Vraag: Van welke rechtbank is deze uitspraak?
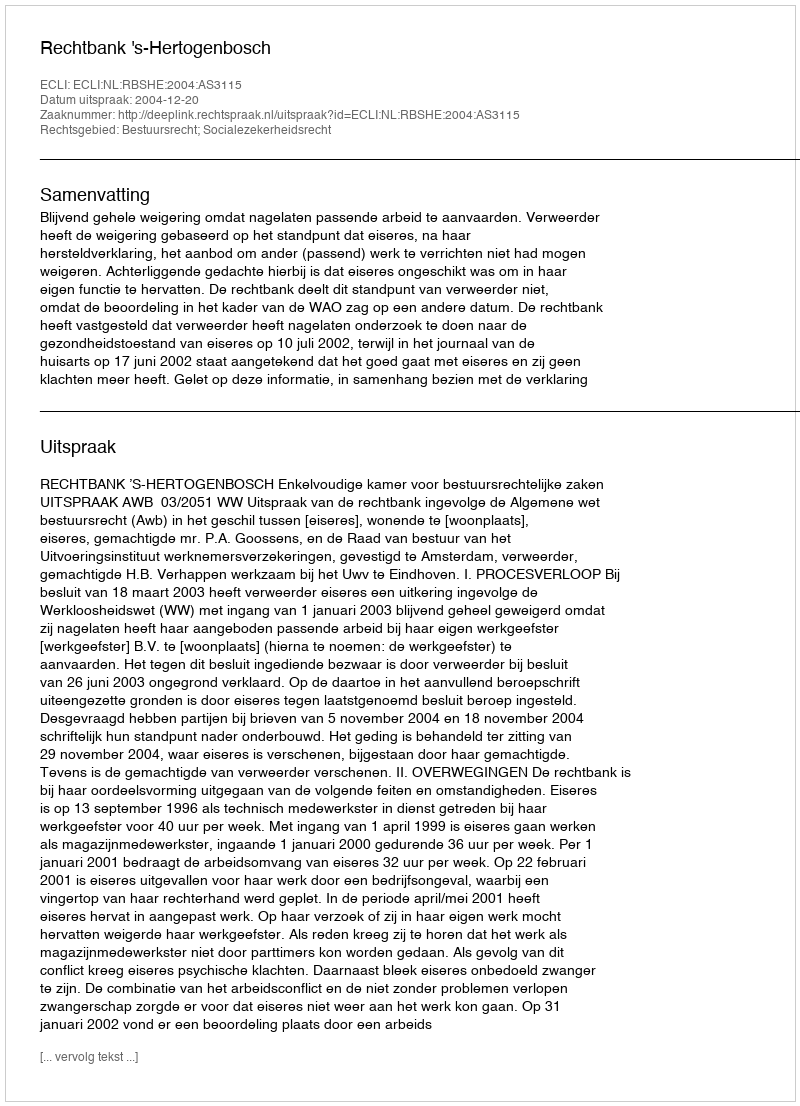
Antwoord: Rechtbank 's-Hertogenbosch